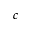
c